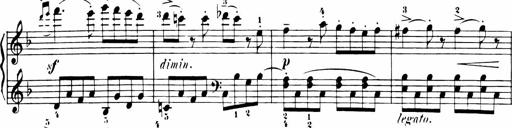
Title: 11 Sonatinas for Piano Solo
Composer: Anton Diabelli